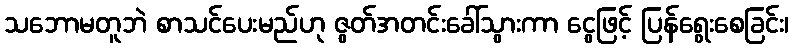
သဘောမတူဘဲ စာသင်ပေးမည်ဟု ဇွတ်အတင်းခေါ်သွားကာ ငွေဖြင့် ပြန်ရွေးစေခြင်း၊